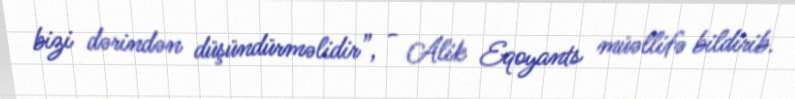
bizi dərindən düşündürməlidir”, - Alik Eqoyants müəllifə bildirib.